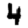
Digit: 4